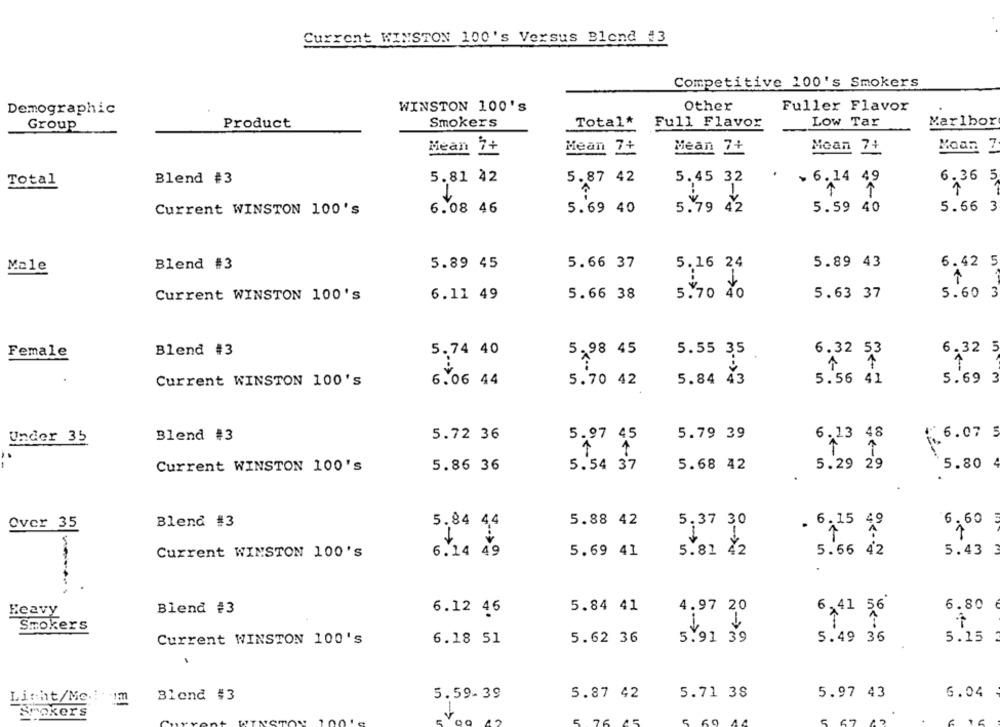
Current WINSTON 100's Versus Blend #3
Competitive 100's Smokers
Demographic
WINSTON 100's
Other
Fuller Flavor
Product
Smokers
Total*
Low Tar
Marlbor
Group
Full Flavor
Mean 7+
Mean Z+
Mean 7+
Mean 74
Moan 7
Total
Blend #3
5.81 42
5.87 42
5.45 32
.
> 6.14 49
6.36 5
1
Current WINSTON 100's
6.08 46
5.69 40
5.79 42
5.59 40
5.66 3
Male
Blend #3
5.89 45
5.66 37
5.16 24
5.89 43
6.42 5
1
Current WINSTON 100's
6.11 49
5.66 38
5.70 40
5.63 37
5.60 3
Female
Blend #3
5.74 40
5.98 45
5.55 35
6.32 53
6.32 5
1 1
5.69 3
Current WINSTON 100's
6.06 44
5.70 42
5.84 43
5.56 41
5.72 36
5.97 45
5.79 39
6.13 48
66.07 5
Under 35
Blend #3
5.29 29
5.80
Current WINSTON 100's
5.86 36
5.54 37
5.68 42
Blend #3
5.84 44
5.88 42
5.37 30
6.60
Over 35
· 6 A15 49
6.14 49
5.69 41
5.81 42
5.66 42
5.43
Current WINSTON 100's
6.80
Blend #3
6.12 46
5.84 41
4.97 20
6,41 56
Heavy
Smokers
6.18 51
5.62 36
5.91 39
5.49 36
5.15
Current WINSTON 100's
Blond #3
5.59- 39
5.87 42
5.71 3S
5.97 43
6.04
Light/Melum
Spokers